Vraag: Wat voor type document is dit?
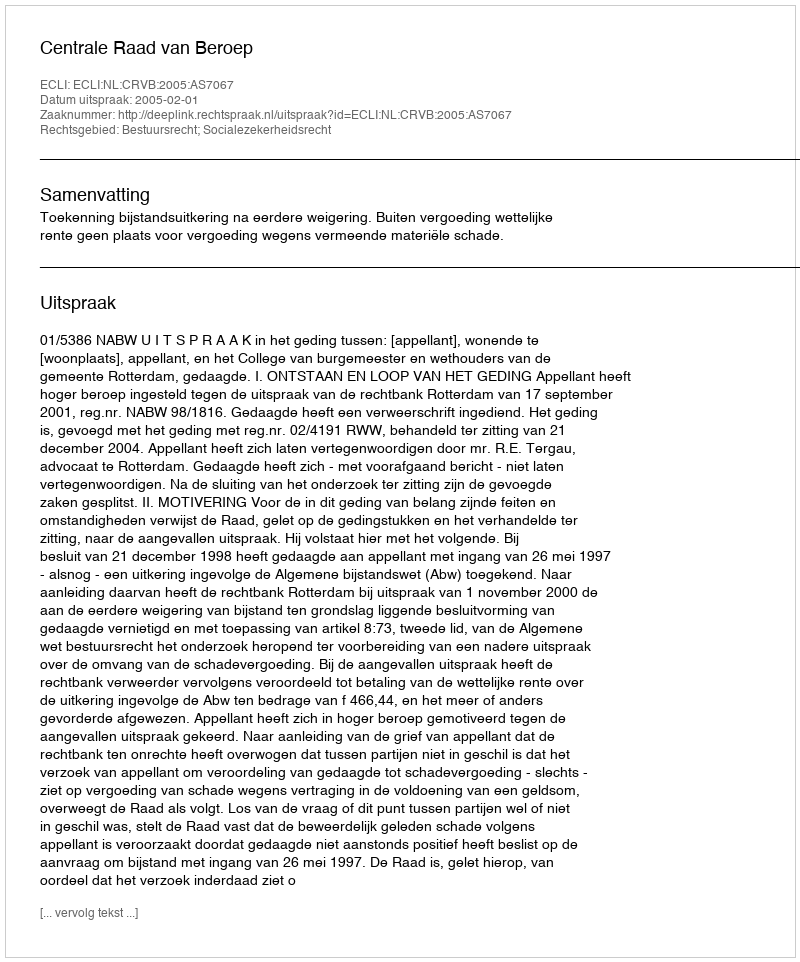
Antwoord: Uitspraak